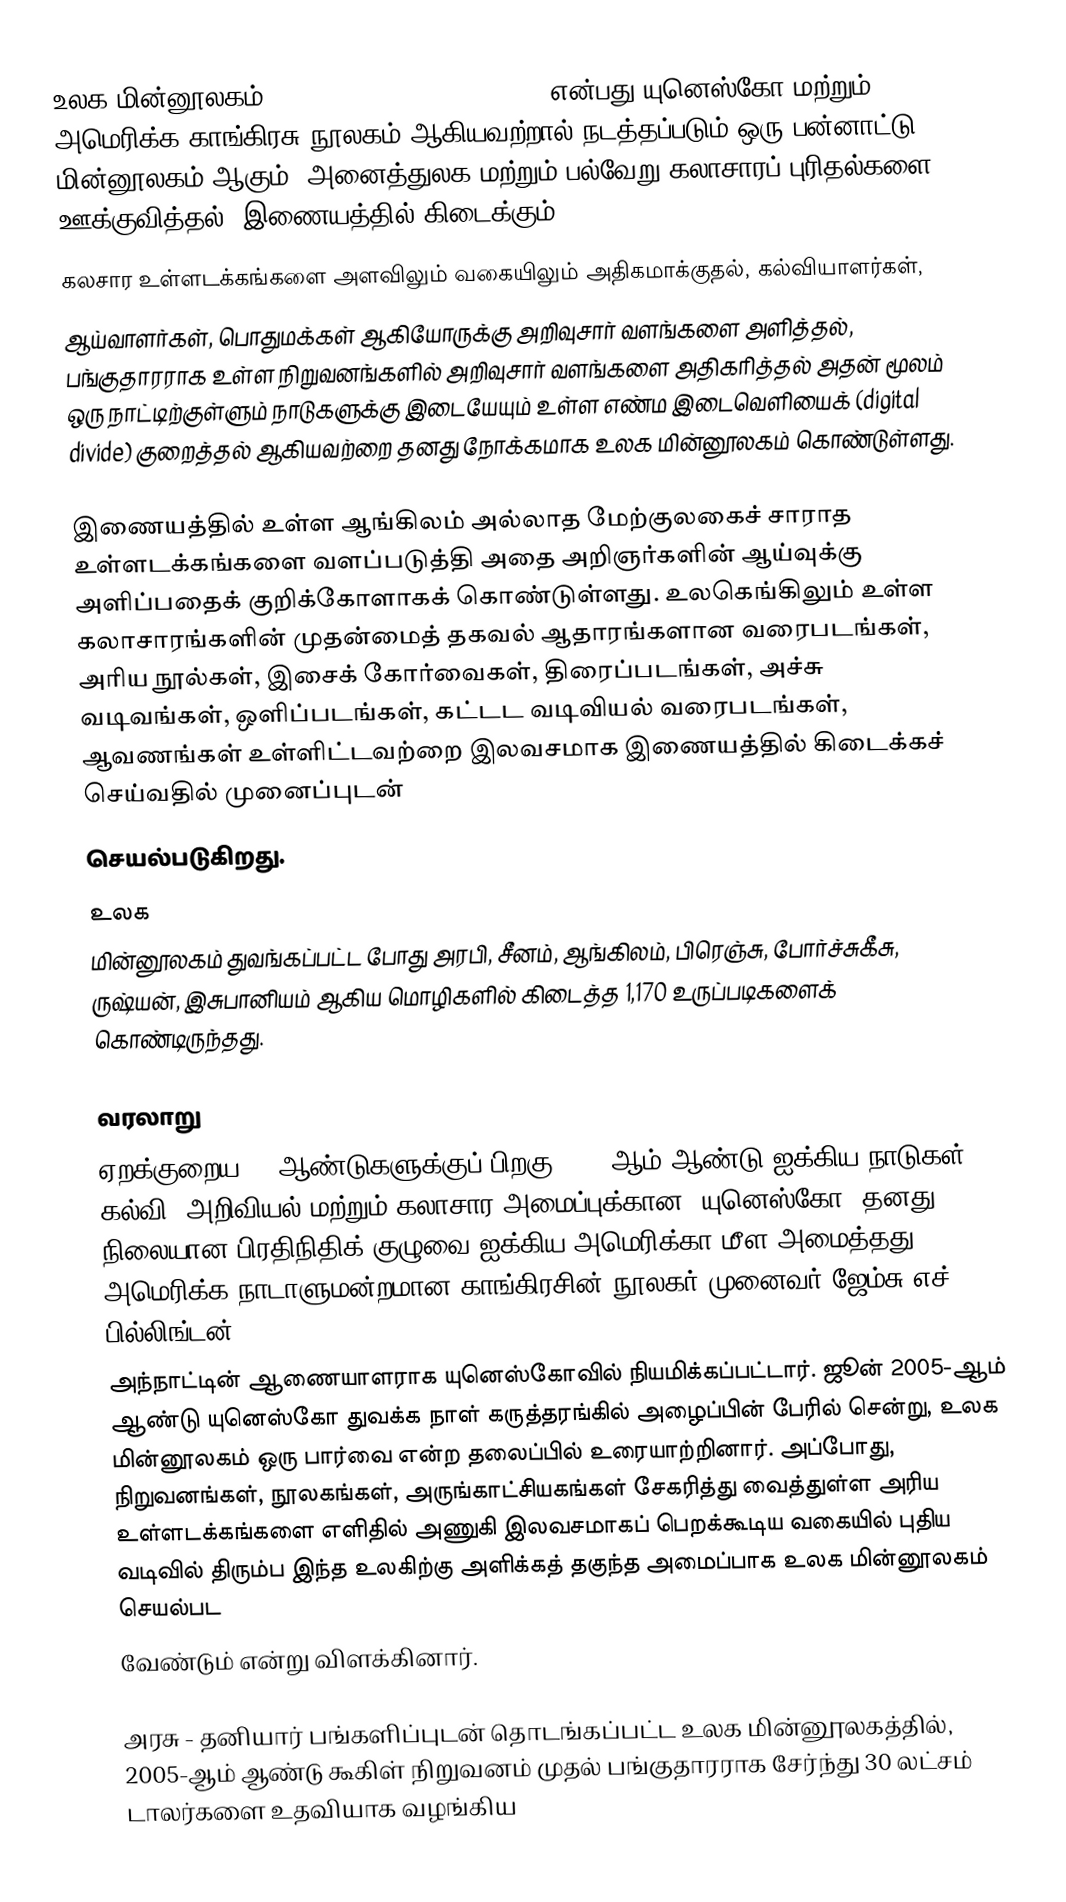
உலக மின்னூலகம் (The World Digital Library) என்பது யுனெஸ்கோ மற்றும் அமெரிக்க காங்கிரசு நூலகம் ஆகியவற்றால் நடத்தப்படும் ஒரு பன்னாட்டு மின்னூலகம் ஆகும். அனைத்துலக மற்றும் பல்வேறு கலாசாரப் புரிதல்களை ஊக்குவித்தல், இணையத்தில் கிடைக்கும்
கலசார உள்ளடக்கங்களை அளவிலும் வகையிலும் அதிகமாக்குதல், கல்வியாளர்கள்,
ஆய்வாளர்கள், பொதுமக்கள் ஆகியோருக்கு அறிவுசார் வளங்களை அளித்தல், பங்குதாரராக உள்ள நிறுவனங்களில் அறிவுசார் வளங்களை அதிகரித்தல் அதன் மூலம் ஒரு நாட்டிற்குள்ளும் நாடுகளுக்கு இடையேயும் உள்ள எண்ம இடைவெளியைக் (digital divide) குறைத்தல் ஆகியவற்றை தனது நோக்கமாக உலக மின்னூலகம் கொண்டுள்ளது.

இணையத்தில் உள்ள ஆங்கிலம் அல்லாத மேற்குலகைச் சாராத உள்ளடக்கங்களை வளப்படுத்தி அதை அறிஞர்களின் ஆய்வுக்கு அளிப்பதைக் குறிக்கோளாகக் கொண்டுள்ளது. உலகெங்கிலும் உள்ள கலாசாரங்களின் முதன்மைத் தகவல் ஆதாரங்களான வரைபடங்கள், அரிய நூல்கள், இசைக் கோர்வைகள், திரைப்படங்கள், அச்சு வடிவங்கள், ஒளிப்படங்கள், கட்டட வடிவியல் வரைபடங்கள், ஆவணங்கள் உள்ளிட்டவற்றை இலவசமாக இணையத்தில் கிடைக்கச் செய்வதில் முனைப்புடன்
செயல்படுகிறது.
உலக
மின்னூலகம் துவங்கப்பட்ட போது அரபி, சீனம், ஆங்கிலம், பிரெஞ்சு, போர்ச்சுகீசு, ருஷ்யன், இசுபானியம் ஆகிய மொழிகளில் கிடைத்த 1,170 உருப்படிகளைக் கொண்டிருந்தது.

வரலாறு
ஏறக்குறைய 20 ஆண்டுகளுக்குப் பிறகு 2003-ஆம் ஆண்டு ஐக்கிய நாடுகள் கல்வி, அறிவியல் மற்றும் கலாசார அமைப்புக்கான (யுனெஸ்கோ) தனது நிலையான பிரதிநிதிக் குழுவை ஐக்கிய அமெரிக்கா மீள அமைத்தது. அமெரிக்க நாடாளுமன்றமான காங்கிரசின் நூலகர் முனைவர் ஜேம்சு எச். பில்லிங்டன்,
அந்நாட்டின் ஆணையாளராக யுனெஸ்கோவில் நியமிக்கப்பட்டார். ஜூன் 2005-ஆம் ஆண்டு யுனெஸ்கோ துவக்க நாள் கருத்தரங்கில் அழைப்பின் பேரில் சென்று, உலக மின்னூலகம் ஒரு பார்வை என்ற தலைப்பில் உரையாற்றினார். அப்போது, நிறுவனங்கள், நூலகங்கள், அருங்காட்சியகங்கள் சேகரித்து வைத்துள்ள அரிய உள்ளடக்கங்களை எளிதில் அணுகி இலவசமாகப் பெறக்கூடிய வகையில் புதிய வடிவில் திரும்ப இந்த உலகிற்கு அளிக்கத் தகுந்த அமைப்பாக உலக மின்னூலகம் செயல்பட
வேண்டும் என்று விளக்கினார்.

அரசு - தனியார் பங்களிப்புடன் தொடங்கப்பட்ட உலக மின்னூலகத்தில், 2005-ஆம் ஆண்டு கூகிள் நிறுவனம் முதல் பங்குதாரராக சேர்ந்து 30 லட்சம் டாலர்களை உதவியாக வழங்கிய